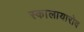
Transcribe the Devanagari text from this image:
स्कालायारोव